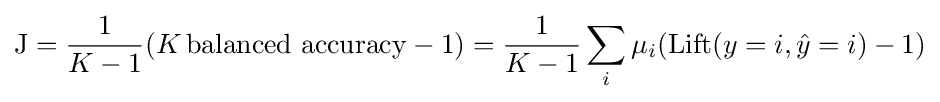
\mathrm {J} ={\frac {1}{K-1}}(K\,\mathrm {balanced\ accuracy} -1)={\frac {1}{K-1}}\sum _{i}\mu _{i}(\mathrm {Lift} (y=i,{\hat {y}}=i)-1)